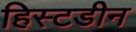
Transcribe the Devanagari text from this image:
हिस्टडीन